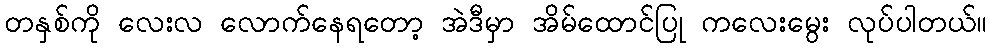
တနှစ်ကို လေးလ လောက်နေရတော့ အဲဒီမှာ အိမ်ထောင်ပြု ကလေးမွေး လုပ်ပါတယ်။